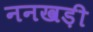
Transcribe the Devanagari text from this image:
ननखड़ी